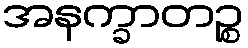
အနက္ခာတဉ္စ